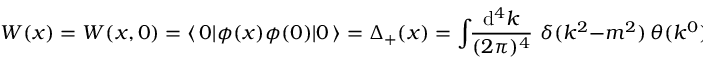
W ( x ) = { \cal W } ( x , 0 ) = \langle \, 0 | \phi ( x ) \phi ( 0 ) | 0 \, \rangle = \Delta _ { + } ( x ) = { \displaystyle \int \! \! \frac { \mathrm { d } ^ { 4 } k } { ( 2 \pi ) ^ { 4 } } } \, \, \delta ( k ^ { 2 } - m ^ { 2 } ) \, \theta ( k ^ { 0 } ) \mathrm { e } ^ { - \mathrm { i } k x } \, .